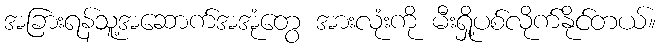
အခြားရန်သူ့အဆောက်အအုံတွေ အားလုံးကို မီးရှို့ပစ်လိုက်နိုင်တယ်။